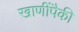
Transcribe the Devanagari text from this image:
खाणींपैकी